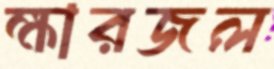
ক্ষারজল